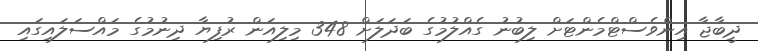
ދީބާޖާ އިންވެސްޓްމެންޓަށް ލިބުނު ގެއްލުމުގެ ބަދަލަށް 348 މިލިއަން ރުފިޔާ ދިނުމުގެ މައްސަލައިގައި